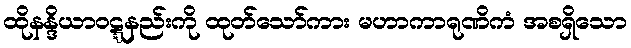
ထိုနန္ဒိယာဝဋ္ဋနည်းကို ထုတ်သော်ကား မဟာကာရုဏိကံ အစရှိသော